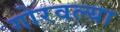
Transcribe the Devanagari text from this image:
गोरवल्या